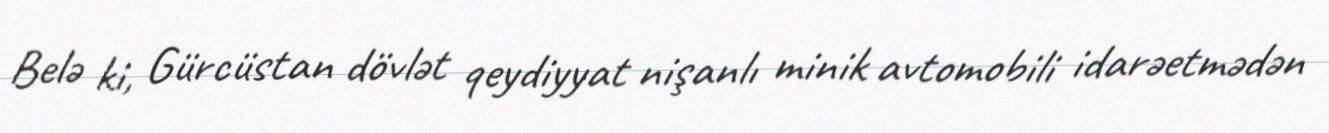
Belə ki, Gürcüstan dövlət qeydiyyat nişanlı minik avtomobili idarəetmədən